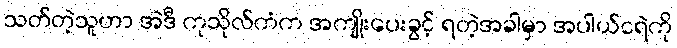
သတ်တဲ့သူဟာ အဲဒီ ကုသိုလ်ကံက အကျိုးပေးခွင့် ရတဲ့အခါမှာ အပါယ်ငရဲကို